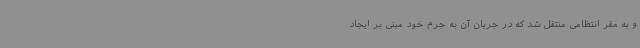
و به مقر انتظامی منتقل شد که در جریان آن به جرم خود مبنی بر ایجاد